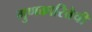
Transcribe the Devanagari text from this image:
गुणकारितेची